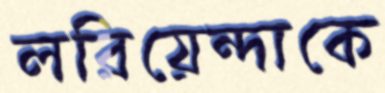
লরিয়েন্দাকে